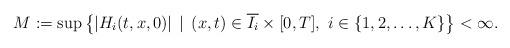
LaTeX: \begin{align*} M := \sup\left\{|H_{i}(t,x,0)| \, \mid \, (x,t) \in \overline{I_{i}} \times [0,T], \, \, i \in \{1,2,\dots,K\}\right\} < \infty.\end{align*}